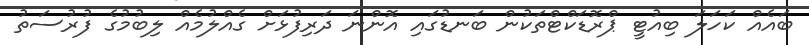
ބައެއް ކަހަލަ ބިއުޓީ ޕްރޮޑަކްޓްތަކުން ބަނޑުގައި އޮންނަ ދަރިފުޅަށް ގެއްލުމެއް ލިބުމުގެ ފުރުސަތު